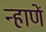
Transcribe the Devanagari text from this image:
न्हाणें